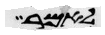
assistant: לאמר